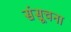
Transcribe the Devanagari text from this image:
संसूचना